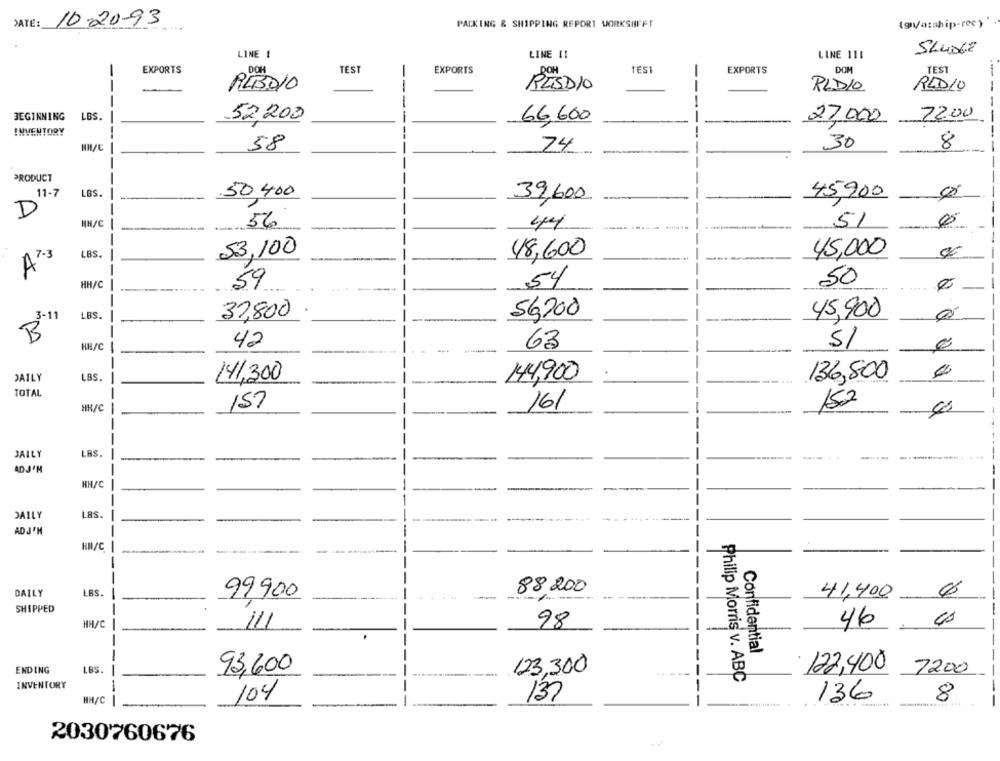
DATE:
10.20-93
PACKING & SHIPPING REPORT WORKSHEFT
(g/azship-rec) "
LINE !
LINE 11
SLUDGE
LINE 111
TEST
TES1
DOM
TEST
EXPORTS
DOH
EXPORTS
EXPORTS
--
REBDIO
--
RESDIO
RADIO
REDIO
----
22.00
BEGINNING
LBS.
--
.52,200
66,600
27000
INVENTORY
---
---
58
30
8
24
----
---
PRODUCT
-
11-7
LBS.
-
50,400
39,600
45,900
D
56
HH/C
44
51
53,100
A2.3
LBS.
48,600
45,000
---
-----
59
54
50
HH/C
-
3-11
LBS.
--
37,800
56,200
45,900
----
B
-
HH/C
42
63
SI
--
DAILY
LBS.
--
141,300
144,900
136,800
TOTAL
-
15.2
HH/C
157
16/
--------
JAILY
LAS.
----
-..
ADJ'M
HH/C
-
DAILY
LaS.
AD J'M
HM/C
-------
-
DAILY
LBS.
99900
88200
41,400
---------
SHIPPED
-
--
HH/C
98
46
111
Confidential
--
ENDING
LBS.
93,600
123,300
122,400
7200
INVENTORY
Philip Morris v. ABC
HH/C
104
137
136
8
-
--
2030760676